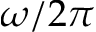
\omega / 2 \pi